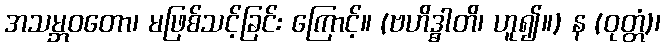
အသမ္ဘဝတော၊ မဖြစ်သင့်ခြင်း ကြောင့်။ (ဗဟိဒ္ဓါတိ၊ ဟူ၍။) န (ဝုတ္တံ)၊